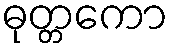
ဓုတ္တကော